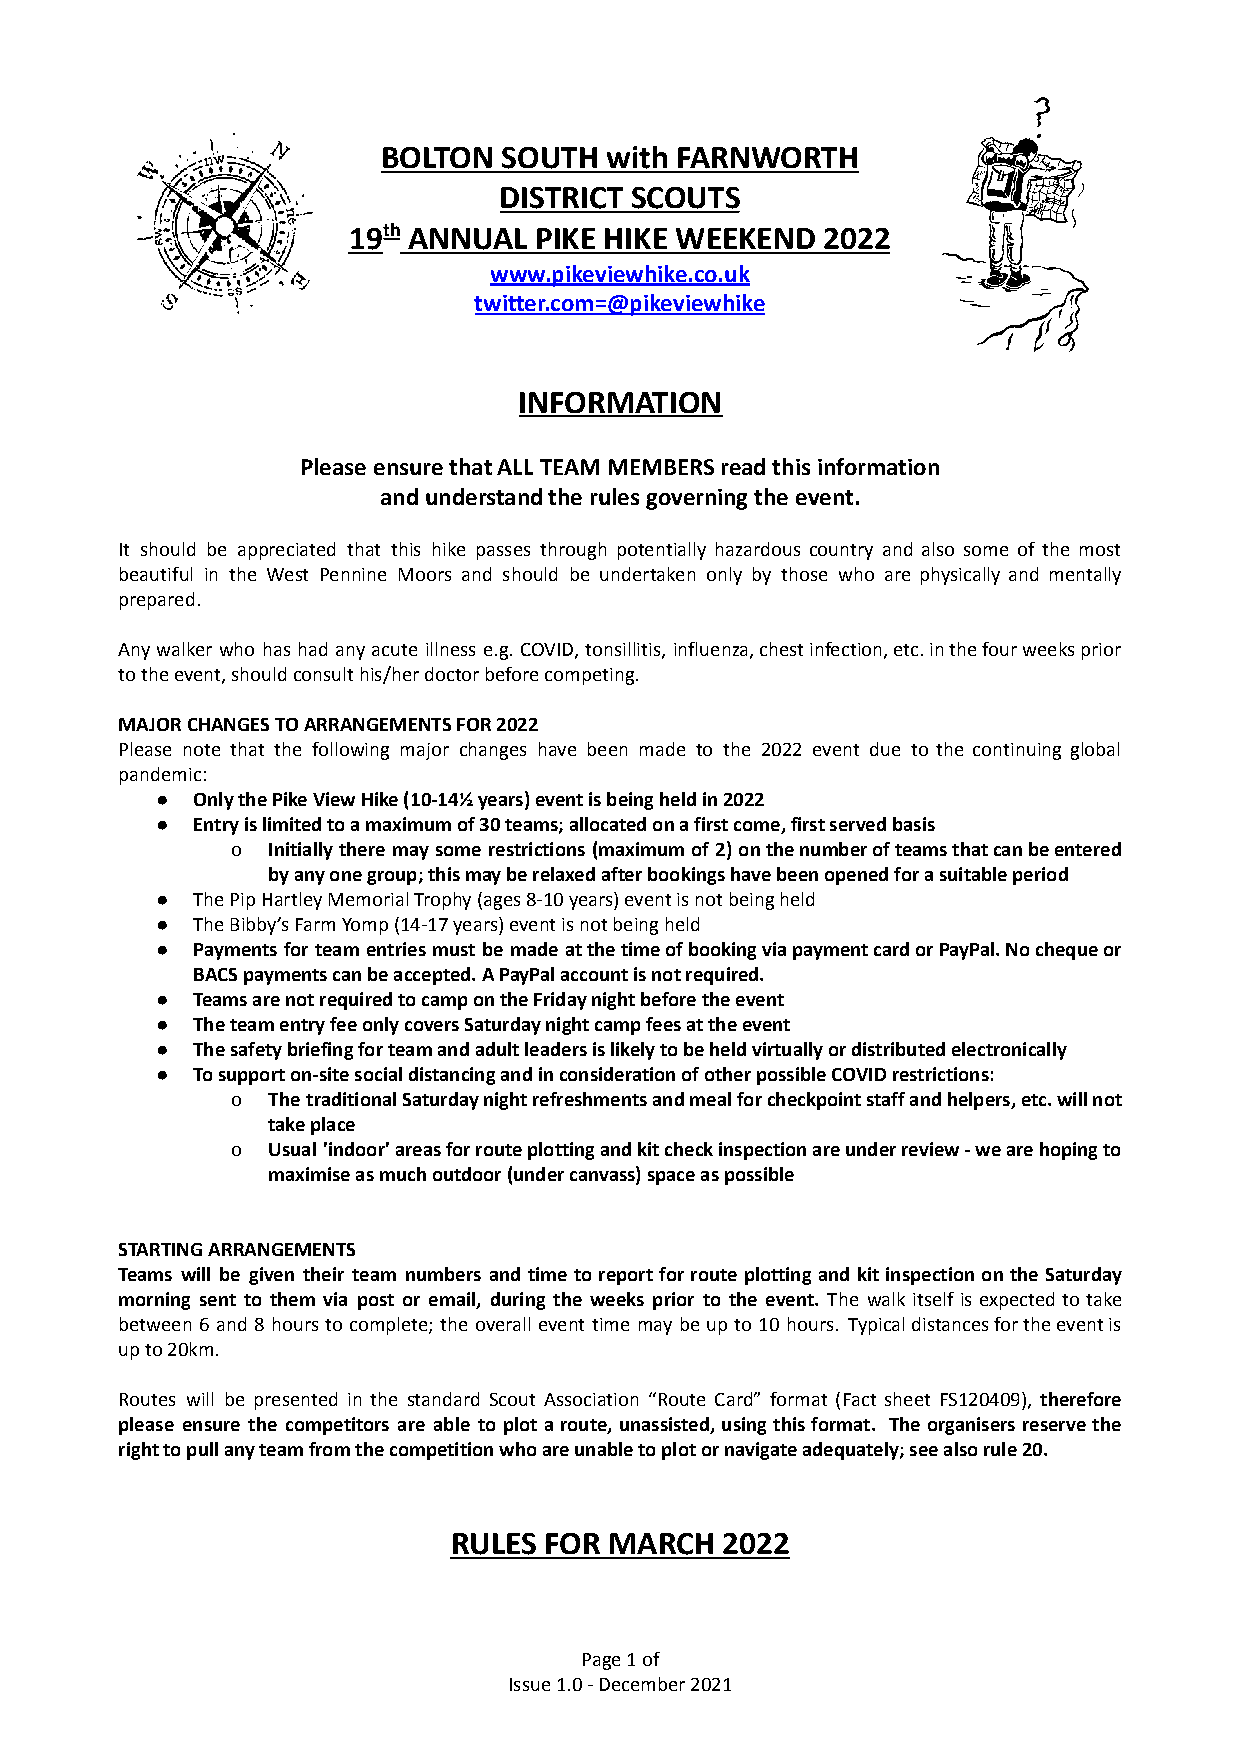
BOLTON  SOUTH  with FARNWORTH
 DISTRICT SCOUTS
 19th ANNUAL PIKE HIKE WEEKEND  2022
 www.pikeviewhike.co.uk
 twitter.com=@pikeviewhike
 INFORMATION
 Please ensure that ALL TEAM MEMBERS read this information
 and understand the rules governing the event.
 It should be appreciated that this hike passes through potentially hazardous country and also some of the most
 beautiful in the West Pennine Moors and should be undertaken only by those who are physically and mentally
 prepared.
 Any walker who has had any acute illness e.g. COVID, tonsillitis, influenza,chestinfection,etc.inthefourweeksprior
 to the event, should consult his/her doctor before competing.
 MAJOR CHANGES TO ARRANGEMENTS FOR 2022
 Please note that the following major changes have been made to the 2022 event due to the continuing global
 pandemic:
 ●  Only the Pike View Hike (10-14½ years) event is being held in 2022
 ●  Entry is limited to a maximum of 30 teams; allocated on a first come, first served basis
 o  Initially there may some restrictions (maximum of 2) onthenumberofteamsthatcanbeentered
 by any one group; this may be relaxed after bookings have been opened for a suitable period
 ●  The Pip Hartley Memorial Trophy (ages 8-10 years) event is not being held
 ●  The Bibby’s Farm Yomp (14-17 years) event is not being held
 ●  Payments for team entries must be made atthetimeofbookingviapaymentcardorPayPal.Nochequeor
 BACS payments can be accepted. A PayPal account is not required.
 ●  Teams are not required to camp on the Friday night before the event
 ●  The team entry fee only covers Saturday night camp fees at the event
 ●  The safety briefing for team and adult leaders is likely to be held virtually or distributed electronically
 ●  To support on-site social distancing and in consideration of other possible COVID restrictions:
 o  The traditionalSaturdaynightrefreshmentsandmealforcheckpointstaffandhelpers,etc.willnot
 take place
 o  Usual 'indoor'areasforrouteplottingandkitcheckinspectionareunderreview-wearehopingto
 maximise as much outdoor (under canvass) space as possible
 STARTING ARRANGEMENTS
 Teams will be given their team numbers and time to report for route plotting and kit inspection on the Saturday
 morning sent to them via post or email, during the weeks prior to the event. The walk itself is expected to take
 between 6 and 8 hours to complete; the overall event time may be up to 10 hours. Typicaldistancesfortheeventis
 up to 20km.
 Routes will be presented in the standard Scout Association “Route Card” format (Fact sheet FS120409), therefore
 please ensure the competitors are able to plot a route, unassisted, using this format. The organisers reserve the
 right to pull any team from the competition who are unable to plot or navigate adequately; see also rule 20.
 RULES FOR MARCH   2022
 Page1of
 Issue 1.0 - December 2021